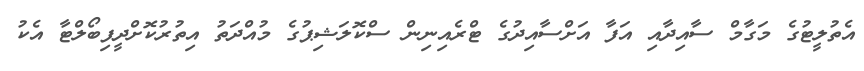
އެތުލީޓުގެ މަގާމް ސާއިދާއި އަފާ އަށްސާއިދުގެ ޓްރެއިނިން ސްކޮލަޝިޕުގެ މުއްދަތު އިތުރުކޮށްދީފިބޯލްޓާ އެކު